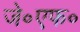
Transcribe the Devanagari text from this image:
जे॰एफ॰